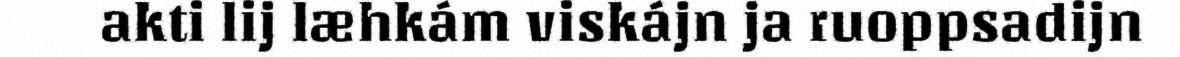
akti lij læhkám viskájn ja ruoppsadijn